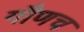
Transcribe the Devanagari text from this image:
गौणच